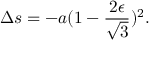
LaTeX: \Delta s = - a ( 1 - { \frac { 2 \epsilon } { \sqrt { 3 } } } ) ^ { 2 } . \qquad